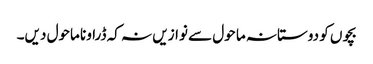
بچوں کو دوستانہ ما حول سے نوازیں نہ کہ ڈراونا ماحول دیں۔